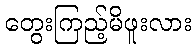
တွေးကြည့်မိဖူးလား